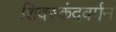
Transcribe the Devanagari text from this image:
शिवस्कंदवर्मन